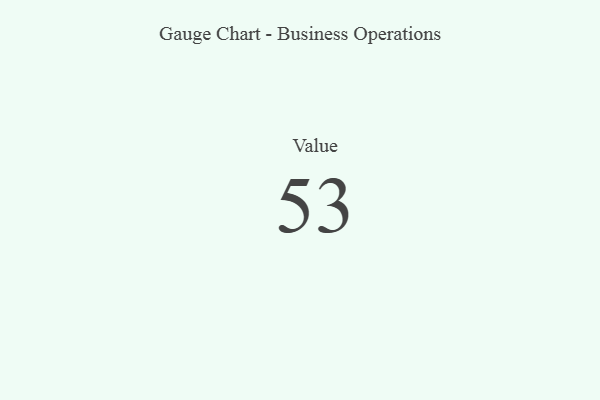
{"axis": {"x": "Metric", "y": "Value"}, "legend": [""], "data": [{"x": "Value", "y": 53, "type": ""}]}